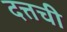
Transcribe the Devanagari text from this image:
दत्तची